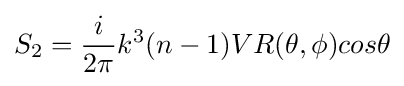
S_{2}={\frac {i}{2\pi }}k^{3}(n-1)VR(\theta ,\phi )cos\theta